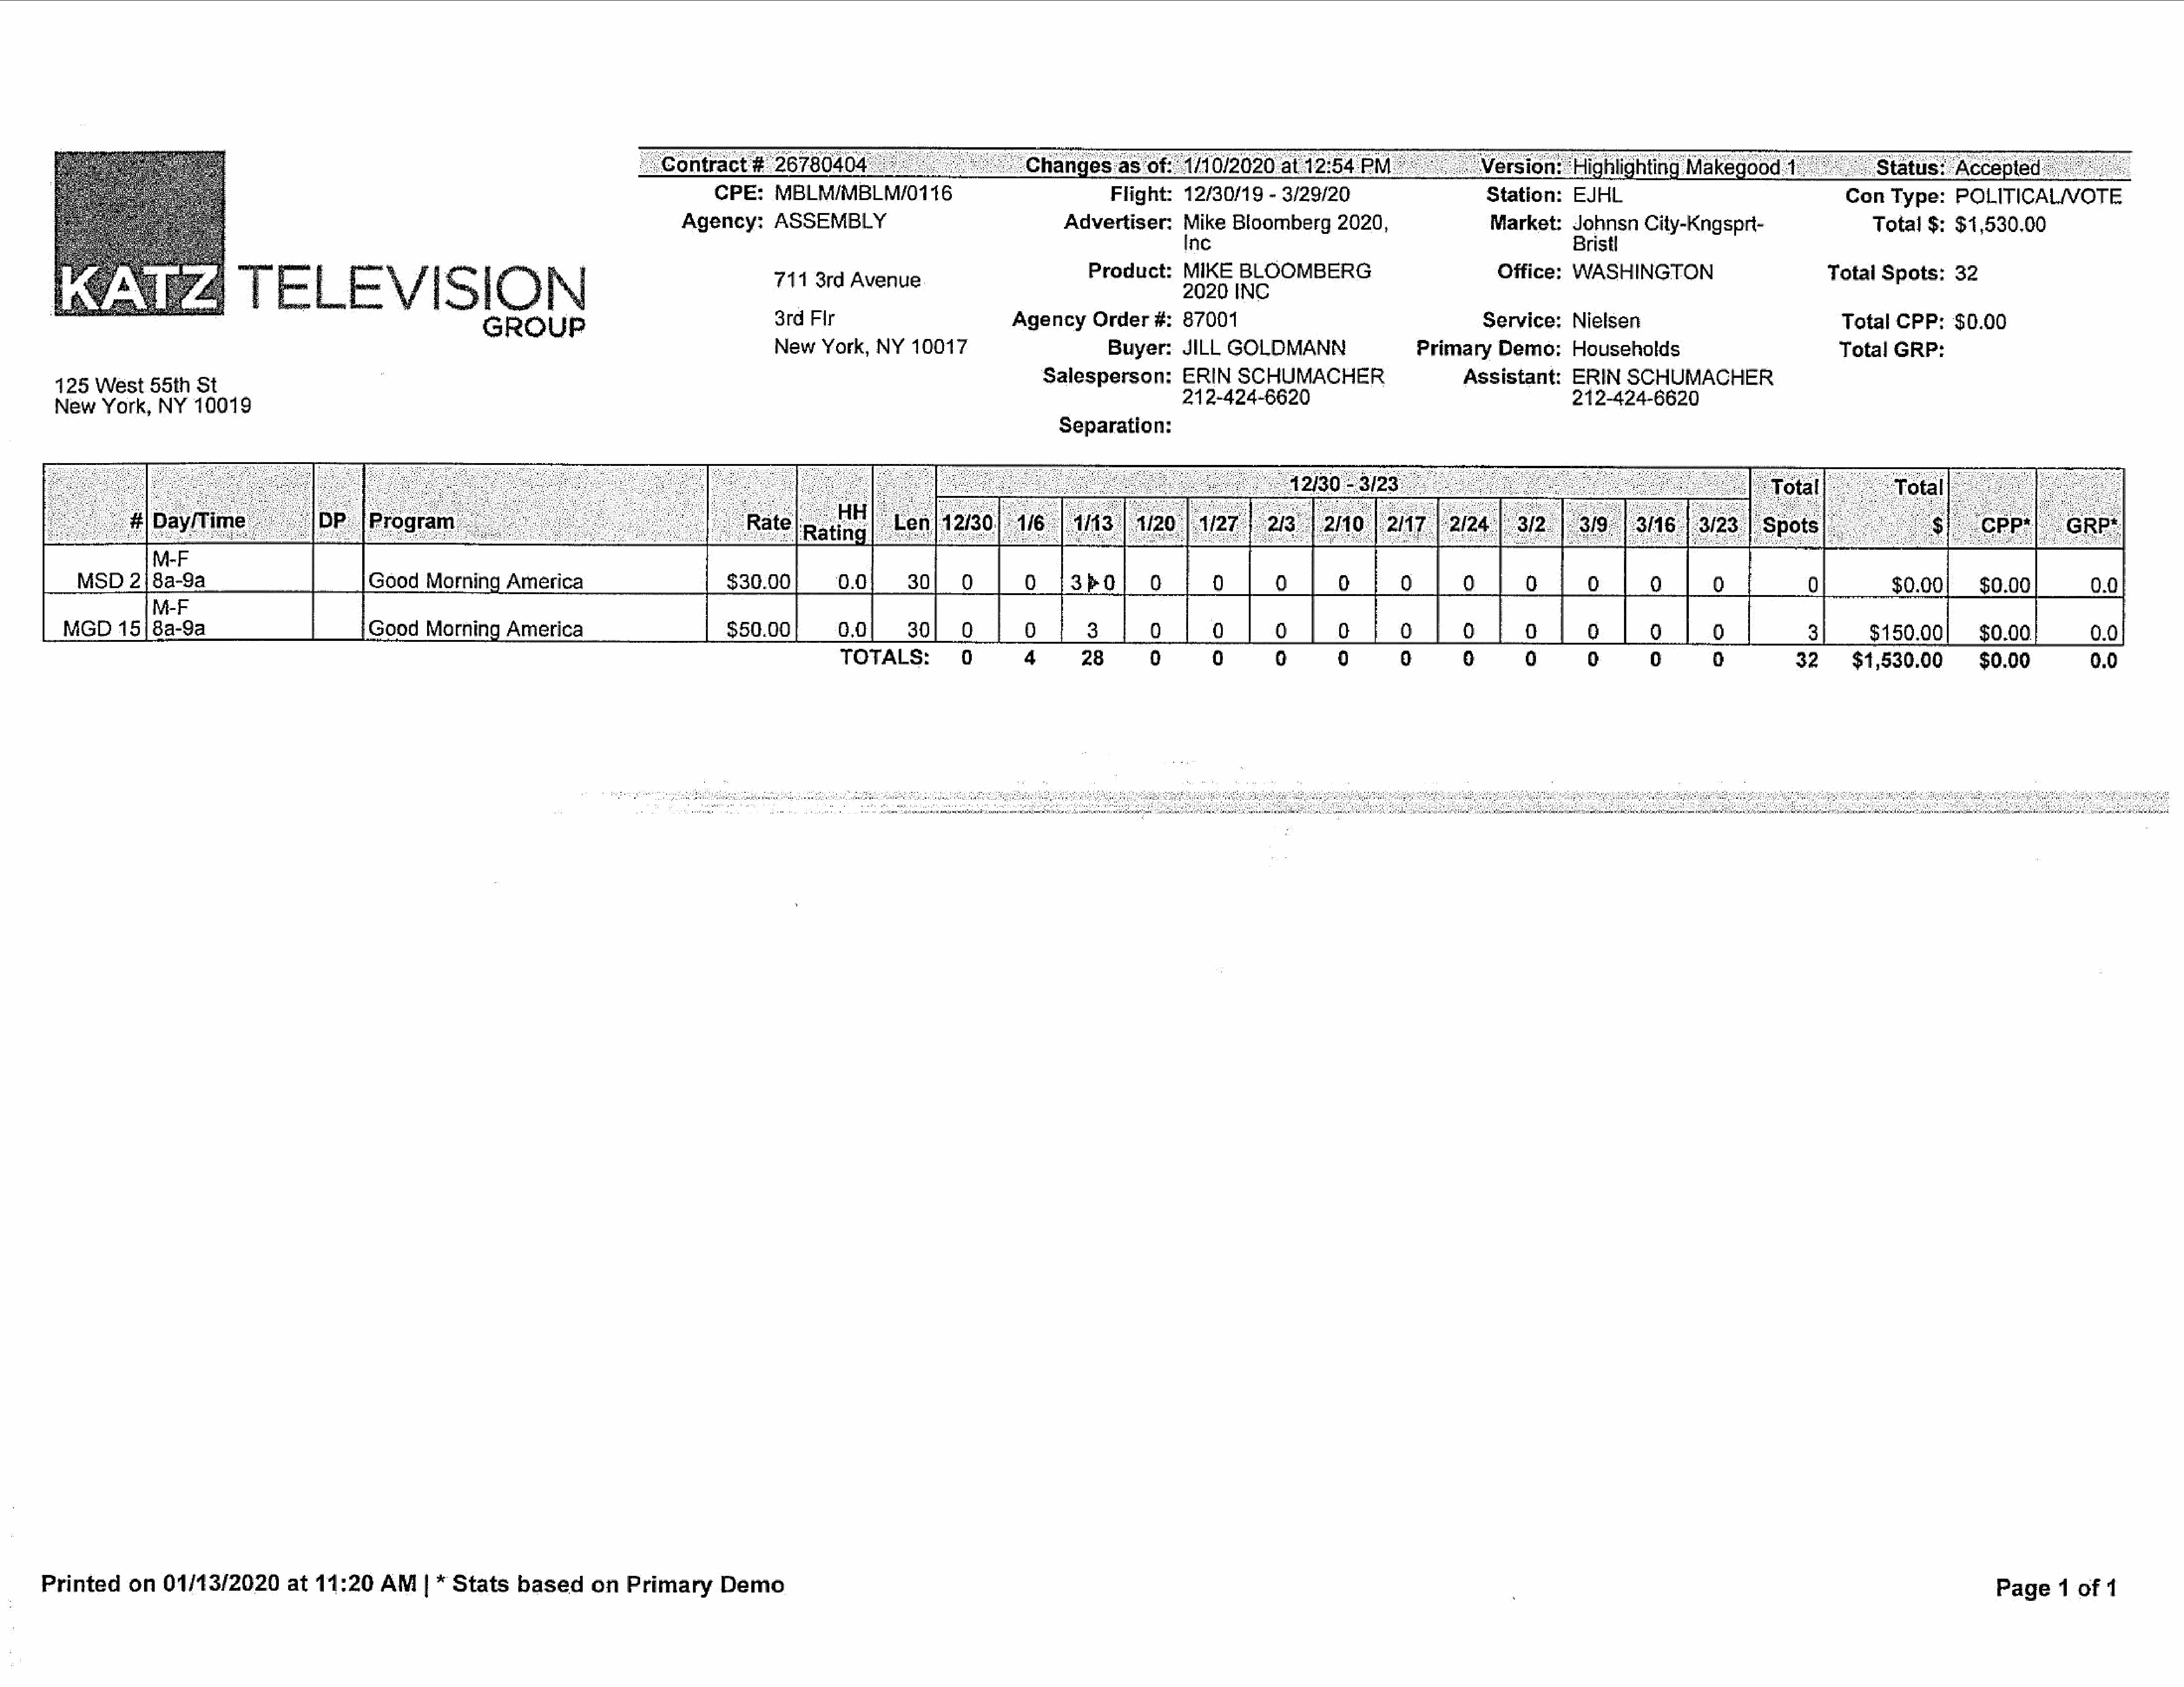
‘ontract  #   26780  ¢                           Changesas         of:  1/10/2020at     12:54     PI
 Version:        ‘Highlighting Makegoo:
 CPE:     MBLM/MBLM/0116                                  Flight:   12/30/19    - 3/29/20                       Station:    EJHL
 Agency:       ASSEMBLY                                 Advertiser:      Mike   Bloomberg      2020,                 Market:     Johnsn    City-Kngspri-                    Total   $: $1,530.00
 Weird                     TELEVISION
 Inc                                                     Bristl
 711   3rd  Avenue                            Product:     MPR     BLOOMBERG                            Office:    WASHINGTON                          Total   Spots:    32
 GROUP                                     3rd  Fir                          AgencyOrder         #:  87001                                      Service:     Nielsen                               Total   CPP:    $0.00
 New   York,   NY   10017                       Buyer:     JILL  GOLDMANN                    Primary    Demo:      Households                            Total   GRP:
 Salesperson:        ERIN    SCHUMACHER                      Assistant:      ERIN    SCHUMACHER
 125   West   55th   St
 212-424-6620                                            212-424-6620
 New    York,   NY   10019
 Separation:
 $0.00
 MGD     15/8a-9a                            Good    Morning
 $150.00
 TOTALS:          0        4        28       0        0        0        0        9        9        0        Qo       0        Qo          32      $1,530.00         $0.00           9.0
 Printed     on   01/13/2020        at  11:20    AM     | * Stats    based      on   Primary      Demo
 Page     1  of  1